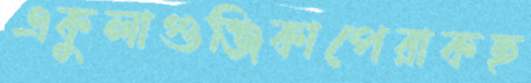
একুলাগুঞ্জিকাপেরাকছ